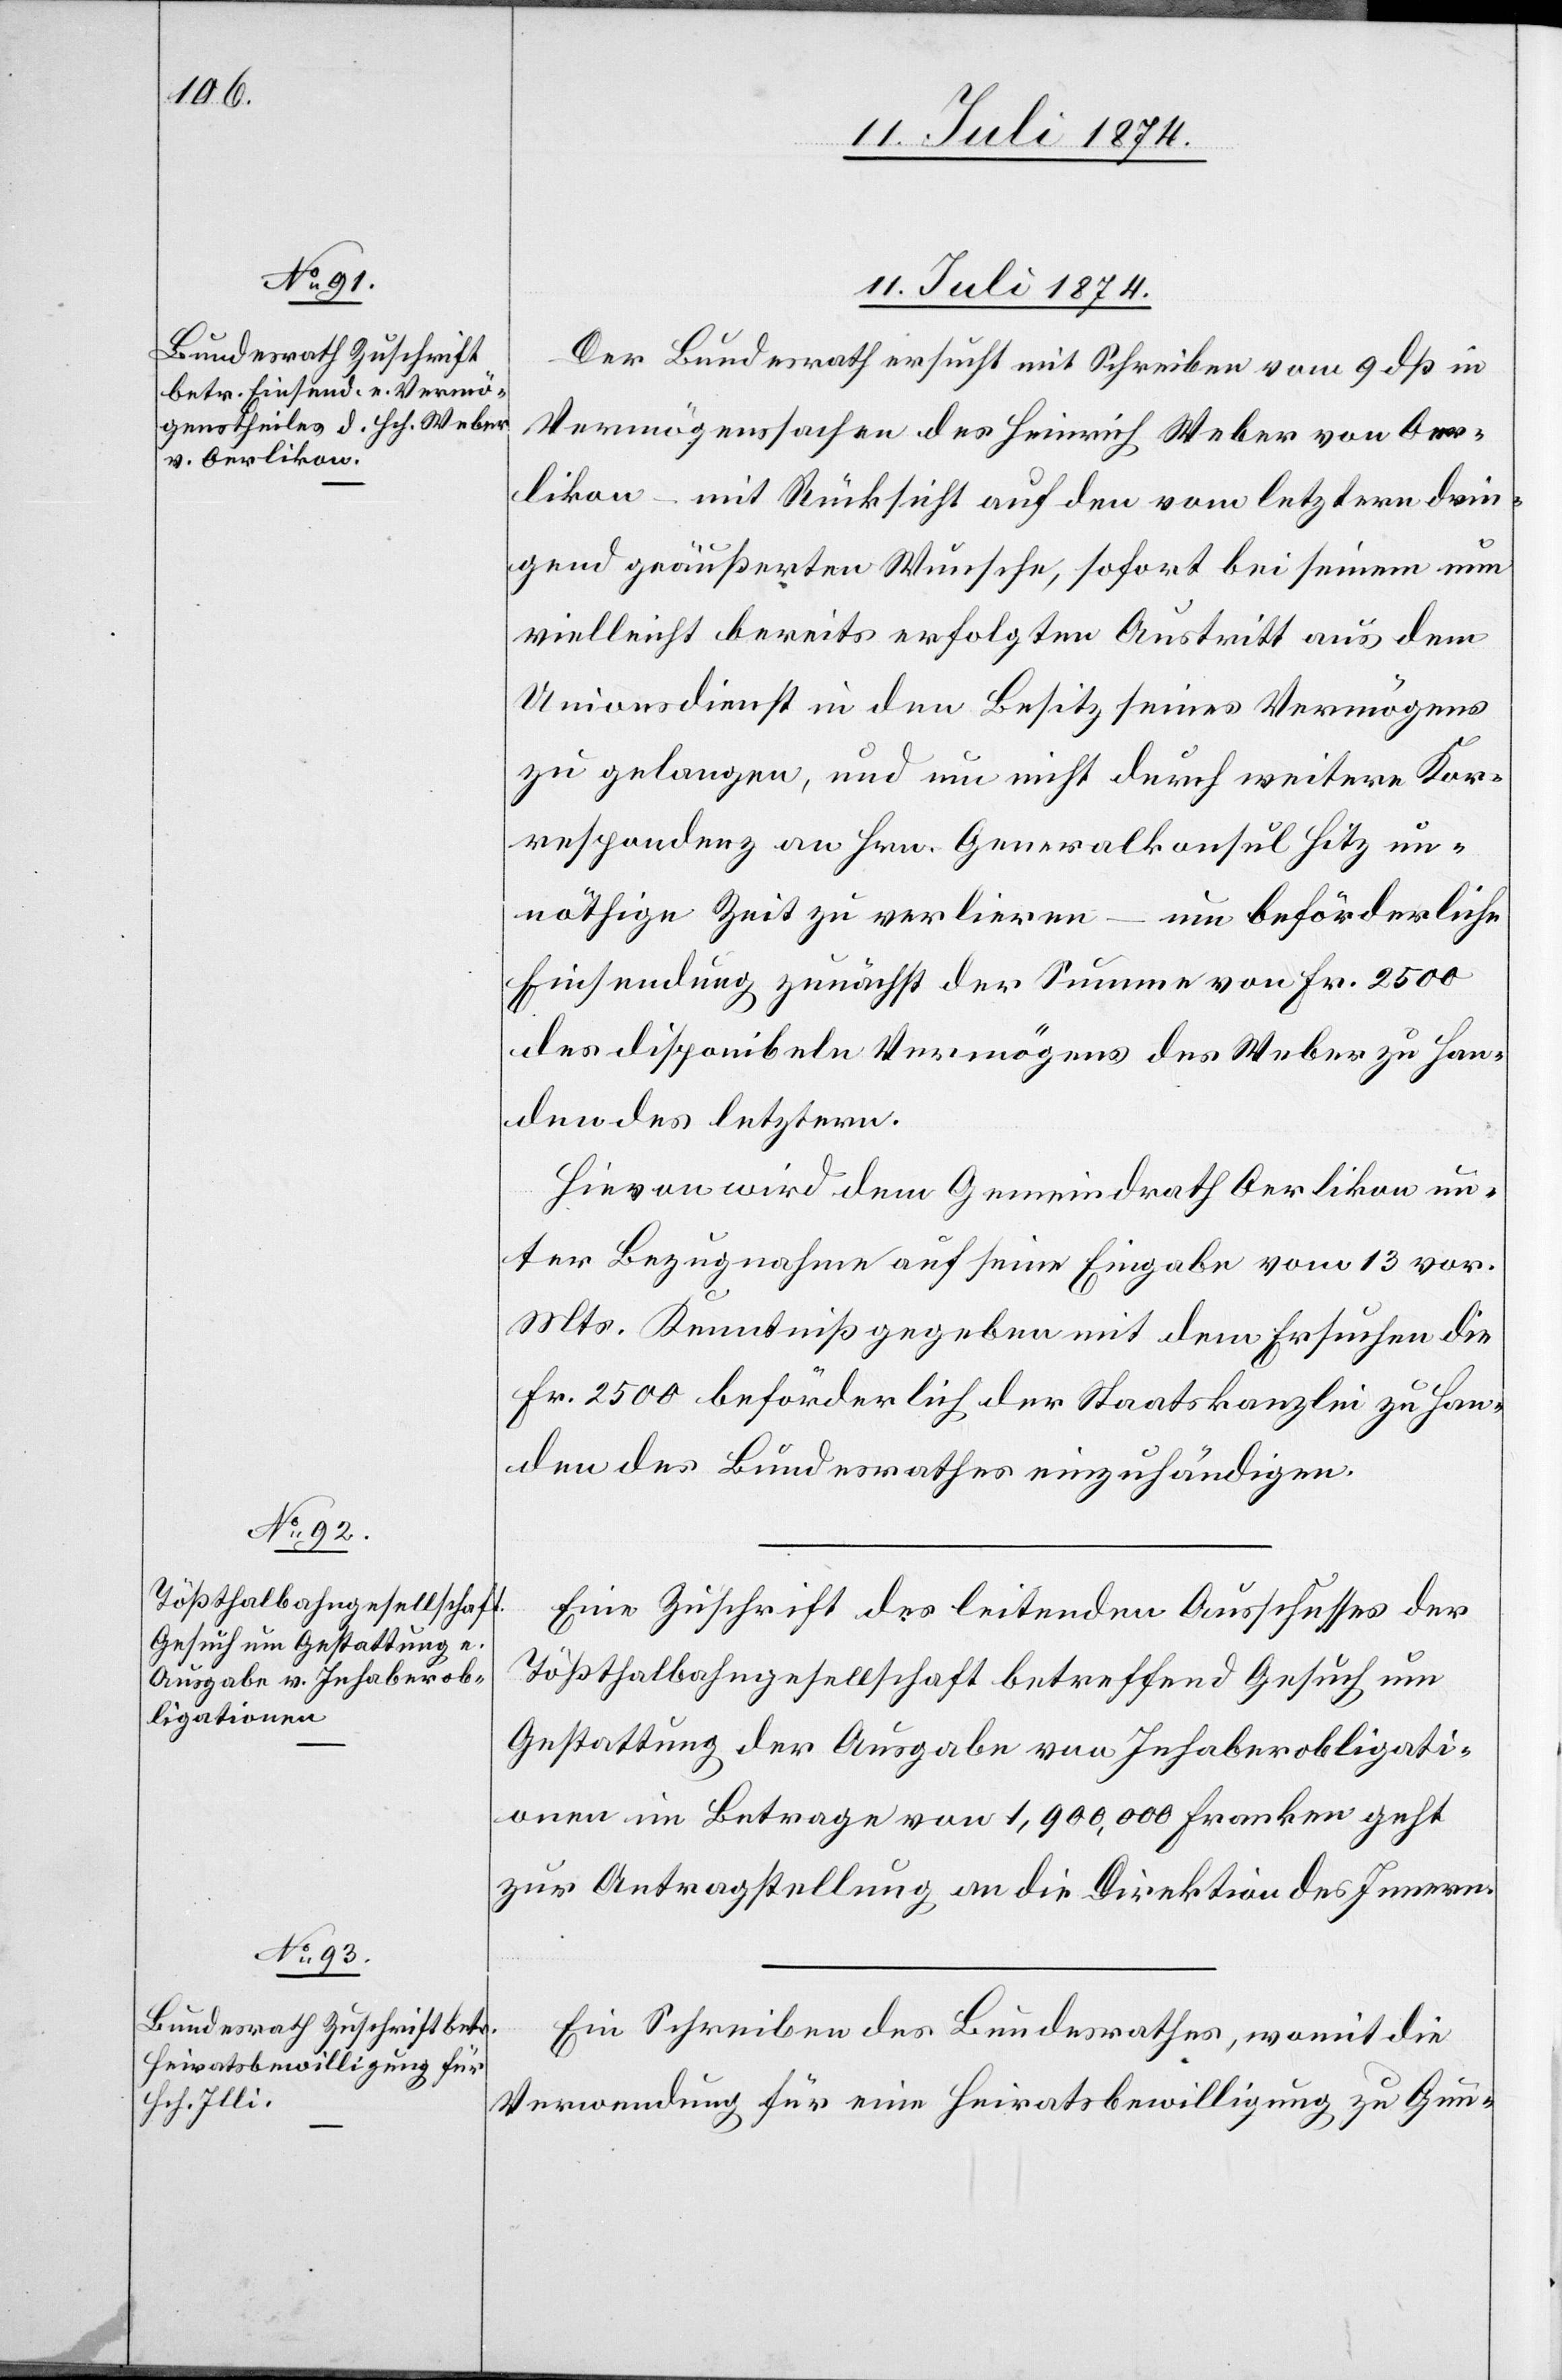
11. Juli 1874.]
11. Juli 1874.
Der Bundesrath ersucht mit Schreiben vom 9. dß in
Vermögenssachen des Heinrich Weber von Oer¬
likon – mit Rücksicht auf den vom letztern drin¬
gend geäußerten Wunsche, sofort bei seinem nun
vielleicht bereits erfolgten Austritt aus dem
Unionsdienst in den Besitz seines Vermögens
zu gelangen, und um nicht durch weitere Kor¬
respondenz an Hrn. Generalkonsul Hitz un¬
nöthige Zeit zu verlieren – um beförderliche
Einsendung zunächst der Summe von Fr. 2500
des disponibeln Vermögens des Weber zu Han¬
den des letztern.
Hievon wird dem Gemeindrath Oerlikon un¬
ter Bezugnahme auf seine Eingabe vom 13. vor.
Mts. Kenntniß gegeben mit dem Ersuchen die
Fr. 2500 beförderlich der Staatskanzlei zu Han¬
den des Bundesrathes einzuhändigen.
Eine Zuschrift des leitenden Ausschusses der
Tößthalbahngesellschaft betreffend Gesuch um
Gestattung der Ausgabe von Inhaberobligati¬
onen im Betrage von 1,900,000 Franken geht
zur Antragstellung an die Direktion des Innern.
Ein Schreiben des Bundesrathes, womit die
Verwendung für eine Heiratsbewilligung zu Gun-